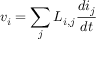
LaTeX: v _ { i } = \sum _ { j } L _ { i , j } { \frac { d i _ { j } } { d t } }